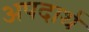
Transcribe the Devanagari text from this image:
अपदार्थ